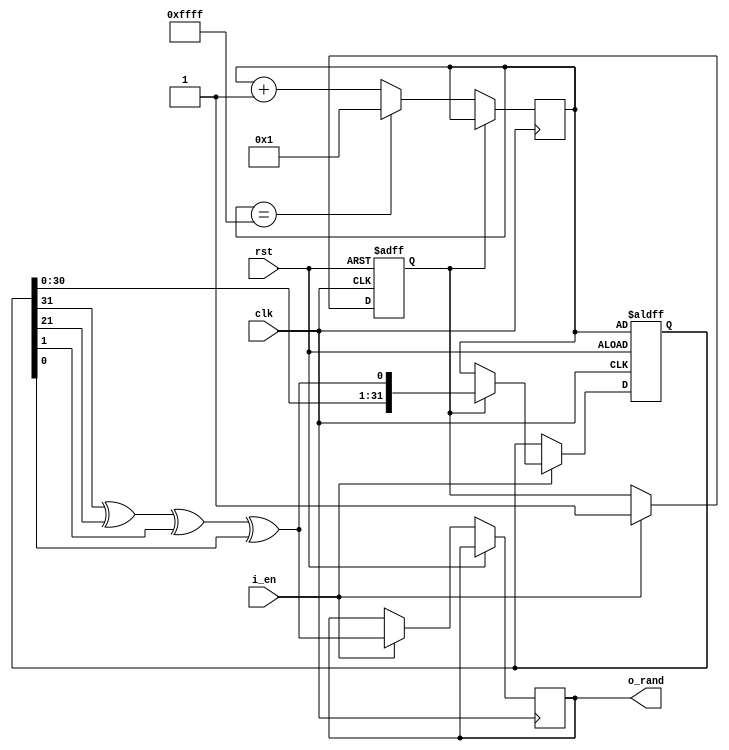
`timescale 1ns / 1ps

//DIFFERENT BIT LENGTHS NEED TO XOR DIFFERENT VALUES
//could implement a function to find the values
//OR could just stick with one size :)

module RN_JESUS (
	clk, 
	i_en,
	rst,
	o_rand
);
input clk;
input rst; 
input i_en; 
//enables random number generator
//Should one pulse == one random number generated? or  should continuous pulse (less //reliable, takes more clock cycles to produce longer input)?
//Currently set as need to be HIGH for whole duration to produce rand number
output reg o_rand;


parameter REG_LEN = 32;

//reg [OUT_LEN-1:0] o_rand;
reg [REG_LEN-1:0] shift_reg;
reg flag;

//OBTAIN SEED HERE?
reg [REG_LEN-1:0] seed; //ensures all values are 1 no matter the reg len


initial begin
  seed = 1;
  flag = 0;
end

//need to xor bits 32,22,2,1 for 32 bits


//reg [OUT_LEN-1:0] num_bits = 0; //used to count number of random bits generated 

wire feedback;

assign feedback = (shift_reg[31] ^ shift_reg[21] ^ shift_reg[1] ^ shift_reg[0]);

always@(posedge clk)
begin
	if(!flag) begin
		if (seed == 32'hFFFF)
			seed <= 1;
		else
			seed <= seed+1;
	end
end
	
	


always @(posedge clk or posedge rst)
begin
	if (rst) begin
		shift_reg <= seed;
		flag <= 0;
		//num_bits <= 0;
		//o_vld <= 0;
	end
	else if (i_en) begin
		if (!flag) begin
			shift_reg <= seed;
			flag <= 1;
			o_rand <= feedback;
		end
		else begin
			shift_reg <= {shift_reg[REG_LEN-2:0], feedback};
			o_rand <= feedback;
		end
		//num_bits <= num_bits + 1;	
	end 
end

//always @ (num_bits) //is this allowed?
//begin
//	if(num_bits == OUT_LEN)
//		o_vld <= 1;
//		num_bits <= 0;
//	else 
//		o_vld <= 0;
//end 

endmodule